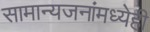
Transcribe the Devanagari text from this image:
सामान्यजनांमध्येही